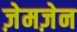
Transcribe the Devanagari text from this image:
ज़ेमज़ेन